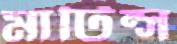
মার্টিন্স